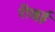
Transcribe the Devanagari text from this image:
रीछई